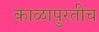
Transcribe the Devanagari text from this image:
काळापुरतीच